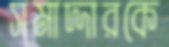
সমাদ্দারকে